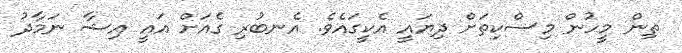
ތިން މީހުން މިސްކިތަށް ދިޔައީ އެކީގައެވެ. އެނބުރި ގެއަށް އައީ އިޝާ ނަމާދު